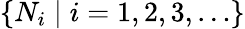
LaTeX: \{ N_{i}\mid i=1,2,3,\ldots\}